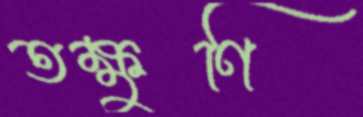
তক্ষুণি